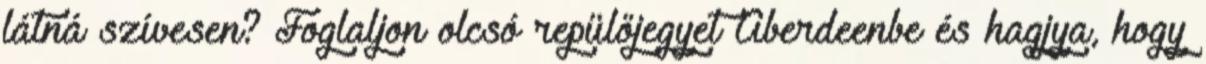
látná szívesen? Foglaljon olcsó repülőjegyet Aberdeenbe és hagjya, hogy